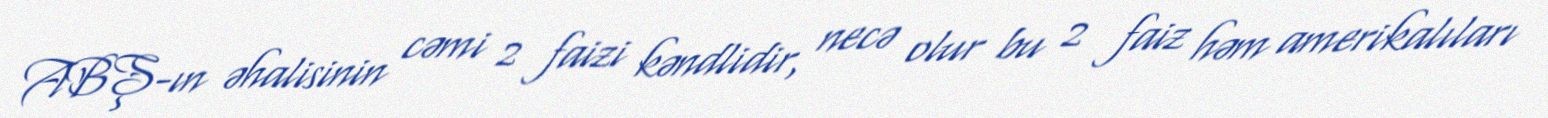
ABŞ-ın əhalisinin cəmi 2 faizi kəndlidir, necə olur bu 2 faiz həm amerikalıları